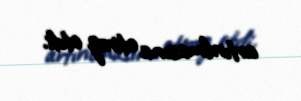
artırılmasına etiraz etdi.